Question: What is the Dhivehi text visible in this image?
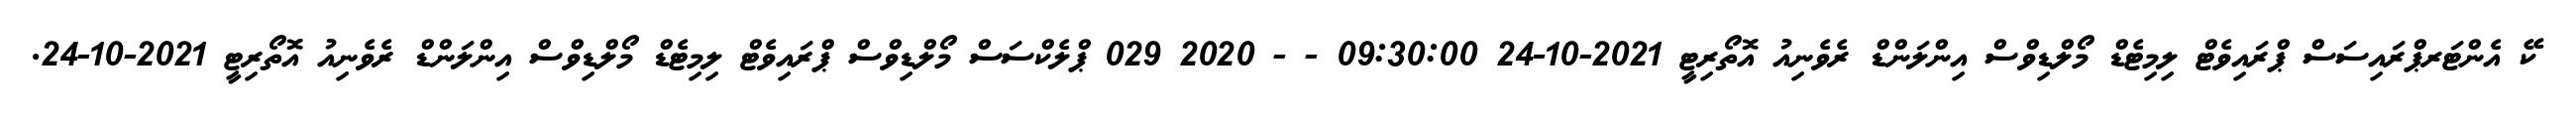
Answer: ކޭ އެންޓަރޕްރައިސަސް ޕްރައިވެޓް ލިމިޓެޑް މޯލްޑިވްސް އިންލަންޑް ރެވެނިއު އޮތޯރިޓީ 2021-10-24 09:30:00 - - 2020 029 ޕްލެކްސަސް މޯލްޑިވްސް ޕްރައިވެޓް ލިމިޓެޑް މޯލްޑިވްސް އިންލަންޑް ރެވެނިއު އޮތޯރިޓީ 2021-10-24.